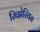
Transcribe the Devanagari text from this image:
सिझेरियन